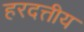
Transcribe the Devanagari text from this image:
हरदत्तीय